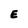
Character: E